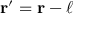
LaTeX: \mathbf { r ^ { \prime } } = \mathbf { r } - { \boldsymbol { \ell } }